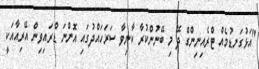
"އަޅުގަނޑުމެއް ޓްރެއިނިިންގް ދޭ މި ބޭނުންކުރާ ކާނިވާ ސަރަހައްދުގައި އޮންނަ ޑްރައިވިން އޭރިއާއަކީ